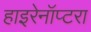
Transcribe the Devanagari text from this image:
हाइरेनॉप्टरा